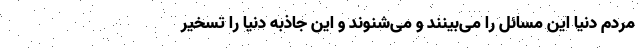
مردم دنیا این مسائل را می‌بینند و می‌شنوند و این جاذبه دنیا را تسخیر